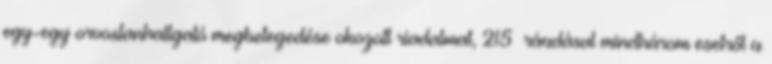
egy-egy orvostanhallgató megbetegedése okozott riadalmat, 215 ráadásul mindhárom esetről a